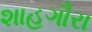
શાહગૌરા